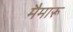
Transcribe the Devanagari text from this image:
मैमारू